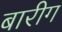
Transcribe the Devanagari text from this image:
बारीग